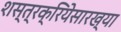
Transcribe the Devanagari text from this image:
शस्त्रक्रियेसारख्या